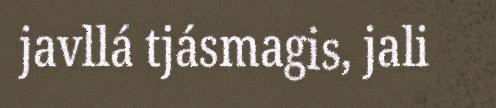
javllá tjásmagis, jali